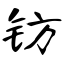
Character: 钫